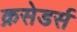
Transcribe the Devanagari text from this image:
क्रसेडर्स